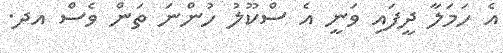
އެ ހަމަލާ ދީފައި ވަނީ އެ ސްކޫލު ހުންނަ ތަން ވެސް އދ.